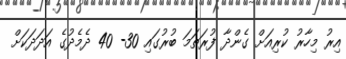
އިރު މިހާރު ކުރިއަށް ގެންދާ ފުރަތަމަ ބުރުގައި 30- 40 ދެމެދުގެ އަދަދަކަށް